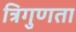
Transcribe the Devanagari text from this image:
त्रिगुणता